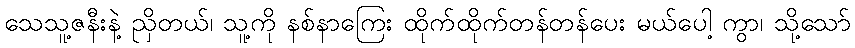
သေသူ့ဇနီးနဲ့ ညှိတယ်၊ သူ့ကို နစ်နာကြေး ထိုက်ထိုက်တန်တန်ပေး မယ်ပေါ့ ကွာ၊ သို့သော်